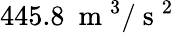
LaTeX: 445.8~\mathrm{~m~}^{3}/\mathrm{~s~}^{2}